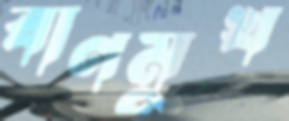
বাণমুখ